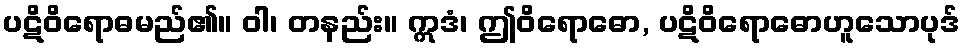
ပဋိဝိရောဓမည်၏။ ဝါ၊ တနည်း။ ဣဒံ၊ ဤဝိရောဓော, ပဋိဝိရောဓောဟူသောပုဒ်